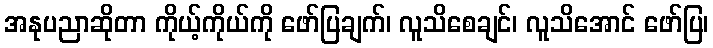
အနုပညာဆိုတာ ကိုယ့်ကိုယ်ကို ဖော်ပြချက်၊ လူသိစေချင်၊ လူသိအောင် ဖော်ပြ၊